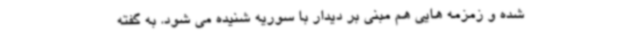
شده و زمزمه هایی هم مبنی بر دیدار با سوریه شنیده می شود. به گفته